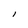
Character: i